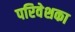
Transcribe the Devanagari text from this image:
परिवेशका